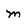
Character: m